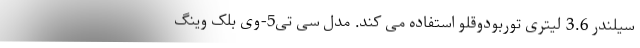
سیلندر 3.6 لیتری توربودوقلو استفاده می کند. مدل سی تی5-وی بلک وینگ